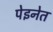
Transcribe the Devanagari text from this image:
पेइनेत